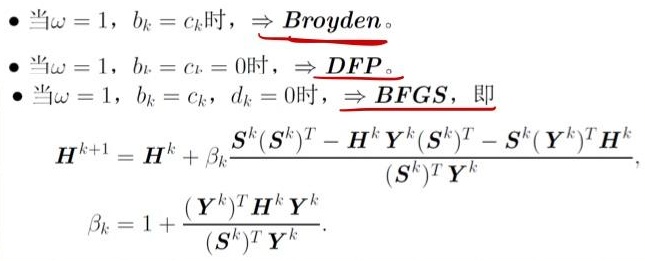
- 当$\omega = 1$, $b_{k}=c_{k}$时，$\Rightarrow \underline{Broyden}$。
- 当$\omega = 1$, $b_{k}=c_{k}=0$时，$\Rightarrow \underline{DFP}$。
- 当$\omega = 1$, $b_{k}=c_{k}$, $d_{k}=0$时，$\Rightarrow \underline{BFGS}$，即
\[
\begin{align*}
\boldsymbol{H}^{k + 1}&=\boldsymbol{H}^{k}+\beta_{k}\frac{\boldsymbol{S}^{k}(\boldsymbol{S}^{k})^{T}-\boldsymbol{H}^{k}\boldsymbol{Y}^{k}(\boldsymbol{S}^{k})^{T}-\boldsymbol{S}^{k}(\boldsymbol{Y}^{k})^{T}\boldsymbol{H}^{k}}{(\boldsymbol{S}^{k})^{T}\boldsymbol{Y}^{k}},\\
\beta_{k}&=1+\frac{(\boldsymbol{Y}^{k})^{T}\boldsymbol{H}^{k}\boldsymbol{Y}^{k}}{(\boldsymbol{S}^{k})^{T}\boldsymbol{Y}^{k}}.
\end{align*}
\]